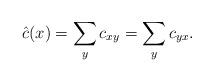
LaTeX: \begin{gather*}\hat c(x)=\sum\limits_y c_{xy}=\sum\limits_y c_{yx}.\end{gather*}